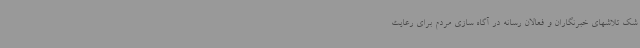
شک تلاشهای خبرنگاران و فعالان رسانه در آگاه سازی مردم برای رعایت